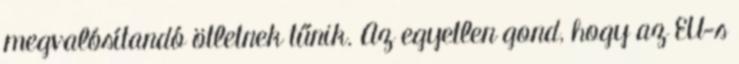
megvalósítandó ötletnek tűnik. Az egyetlen gond, hogy az EU-s